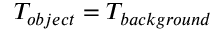
T _ { o b j e c t } = T _ { b a c k g r o u n d }